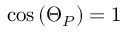
\cos { ( \Theta _ { P } ) } = 1